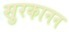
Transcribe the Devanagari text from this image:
सुरकानन